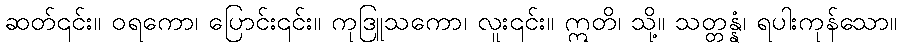
ဆတ်၎င်း။ ဝရကော၊ ပြောင်း၎င်း။ ကုဒြူသကော၊ လူး၎င်း။ ဣတိ၊ သို့။ သတ္တန္နံ၊ ရပါးကုန်သော။